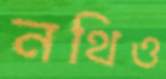
নথিও